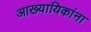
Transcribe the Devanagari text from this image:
आख्यायिकांना